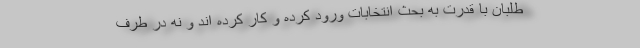
طلبان با قدرت به بحث انتخابات ورود کرده و کار کرده اند و نه در طرف